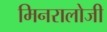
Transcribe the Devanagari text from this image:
मिनरालोजी